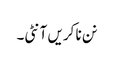
نن نا کریں آنٹی۔